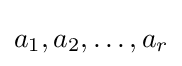
a_{1},a_{2},\ldots ,a_{r}